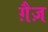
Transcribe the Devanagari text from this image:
ग़ैज़